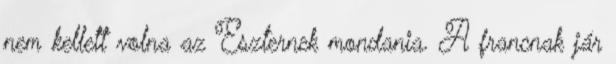
nem kellett volna az Eszternek mondania. A francnak jár